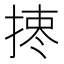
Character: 𢰯